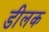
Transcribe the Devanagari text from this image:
डीलक